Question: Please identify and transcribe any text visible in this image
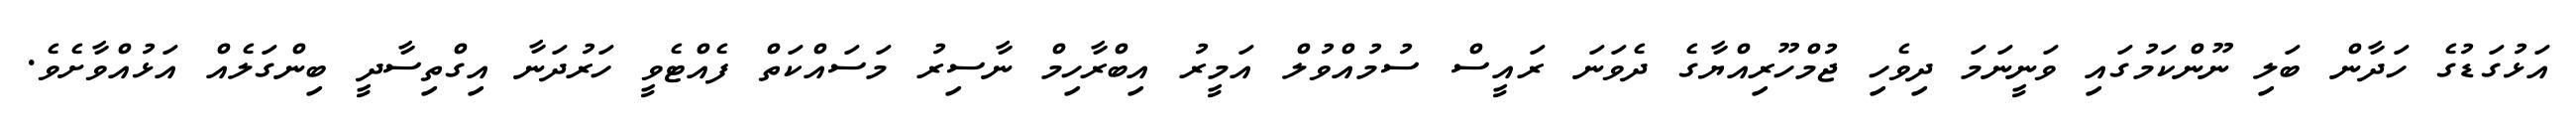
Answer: އަޅުގަޑުގެ ހަދާން ބަލި ނޫންކަމުގައި ވަނީނަމަ ދިވެހި ޖުމްހޫރިއްޔާގެ ދެވަނަ ރައީސް ސުމުއްވުލް އަމީރު އިބްރާހިމް ނާސިރު މަސައްކަތް ފެއްޓެވީ ހަރުދަނާ އިގްތިސާދީ ބިންގަލެއް އަޅުއްވާށެވެ.